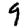
Digit: 9